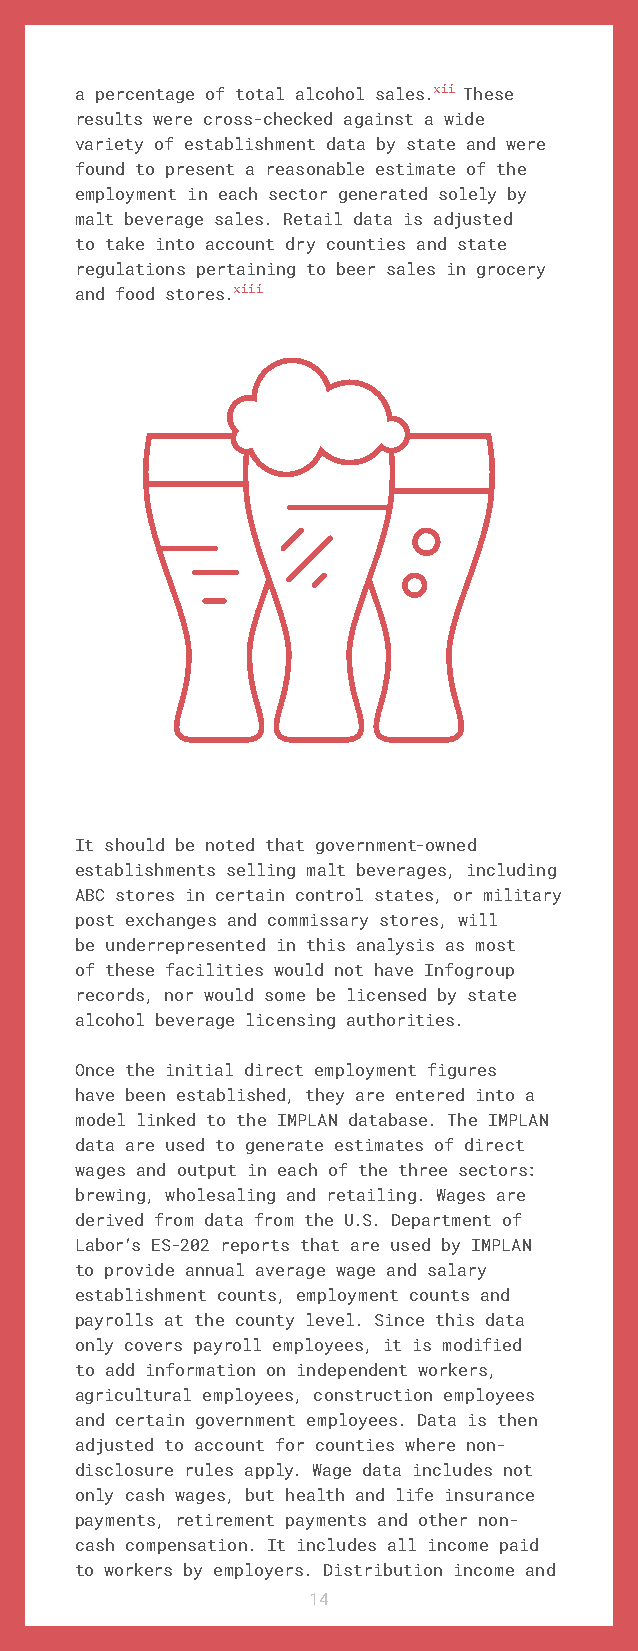
a percentage of total alcohol sales.xii These
 results were cross-checked against a wide
 variety of establishment data by state and were
 found to present a reasonable estimate of the
 employment in each sector generated solely by
 malt beverage sales. Retail data is adjusted
 to take into account dry counties and state
 regulations pertaining to beer sales in grocery
 and food stores.xiii
 It should be noted that government-owned
 establishments selling malt beverages, including
 ABC stores in certain control states, or military
 post exchanges and commissary stores, will
 be underrepresented in this analysis as most
 of these facilities would not have Infogroup
 records, nor would some be licensed by state
 alcohol beverage licensing authorities.
 Once the initial direct employment figures
 have been established, they are entered into a
 model linked to the IMPLAN database. The IMPLAN
 data are used to generate estimates of direct
 wages and output in each of the three sectors:
 brewing, wholesaling and retailing. Wages are
 derived from data from the U.S. Department of
 Labor’s ES-202 reports that are used by IMPLAN
 to provide annual average wage and salary
 establishment counts, employment counts and
 payrolls at the county level. Since this data
 only covers payroll employees, it is modified
 to add information on independent workers,
 agricultural employees, construction employees
 and certain government employees. Data is then
 adjusted to account for counties where non-
 disclosure rules apply. Wage data includes not
 only cash wages, but health and life insurance
 payments, retirement payments and other non-
 cash compensation. It includes all income paid
 to workers by employers. Distribution income and
 14